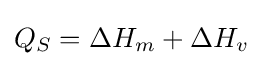
Q_{S}=\Delta H_{m}+\Delta H_{v}